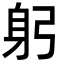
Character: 躬